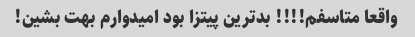
واقعا متاسفم!!!! بدترین پیتزا بود امیدوارم بهت بشین!